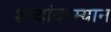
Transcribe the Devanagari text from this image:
शब्दांदरम्यान